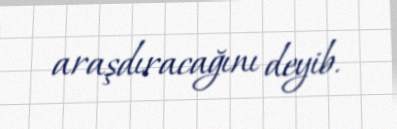
araşdıracağını deyib.